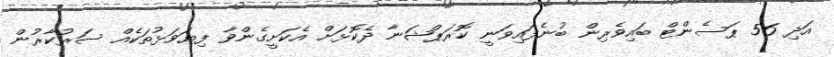
އަދި 56 ޕަސެންޓް ބައިވެރިން ބުނެފައިވަނީ ކޮރަޕްޝަނާ ދެކޮޅަށް އެކަށީގެންވާ ފިޔަވަޅުތަކެއް ސަރުކާރުން